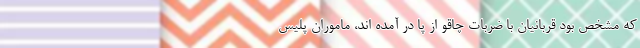
که مشخص بود قربانیان با ضربات چاقو از پا در آمده اند، ماموران پلیس